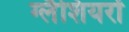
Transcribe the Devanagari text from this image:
ग्लैशियरों